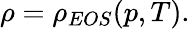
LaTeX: \rho=\rho_{EOS}(p,T).